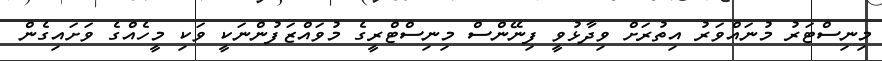
މިނިސްޓަރު މުނައްވަރު އިތުރަށް ވިދާޅުވީ ފިނޭންސް މިނިސްޓްރީގެ މުވައްޒަފުންނަކީ ވަކި މީހެއްގެ ވަށައިގެން